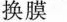
换膜